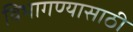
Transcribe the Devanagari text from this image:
विभागण्यासाठी